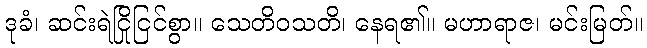
ဒုခံ၊ ဆင်းရဲငြိုငြင်စွာ။ သေတိဝသတိ၊ နေရ၏။ မဟာရာဇ၊ မင်းမြတ်။